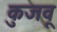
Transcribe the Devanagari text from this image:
कुजवू